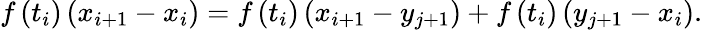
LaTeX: f\left(t_{i}\right)\left(x_{i+1}-x_{i}\right)=f\left(t_{i}\right)\left(x_{i+1}-y_{j+1}\right)+f\left(t_{i}\right)\left(y_{j+1}-x_{i}\right).